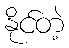
နိုင်တဲ့